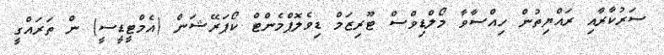
ސަރުކާރާއި ރައްޔިތުން ހިއްސާވާ މޯލްޑިވްސް ޓޫރިޒަމް ޑިވެލޮޕްމެންޓް ކޯޕަރޭޝަން (އެމްޓީޑީސީ) ން ތަރައްގީ